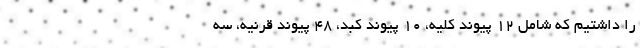
را داشتیم که شامل ۱۲ پیوند کلیه، ۱۰ پیوند کبد، ۴۸ پیوند قرنیه، سه